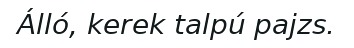
Álló, kerek talpú pajzs.